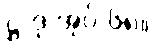
ဋ္ဌ-ဒု-အုပ်-၆၈။